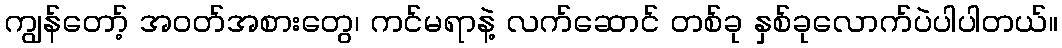
ကျွန်တော့် အဝတ်အစားတွေ၊ ကင်မရာနဲ့ လက်ဆောင် တစ်ခု နှစ်ခုလောက်ပဲပါပါတယ်။